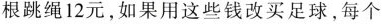
根跳绳12元，如果用这些钱改买足球，每个